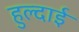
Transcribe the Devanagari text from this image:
हुल्दाई